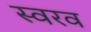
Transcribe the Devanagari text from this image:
स्वरव